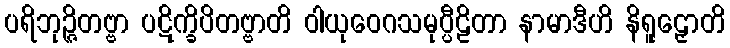
ပရိဘုဉ္ဇိတဗ္ဗာ ပဋိက္ခိပိတဗ္ဗာတိ ဝါယုဝေဂသမုပ္ပီဠိတာ နာမာဒီဟိ နိရူဠှောတိ